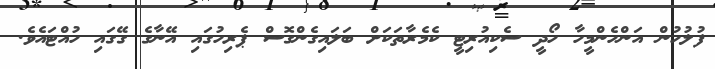
ފުލުހުން އަންހެންމީހާ ހޯދީ ސެކިއުރިޓީ ކެމެރާތަކަށް ބަލައިގެންގޮސް ޕެރިހުގައި އޭނާގެ ގޭގައި ހުއްޓައެވެ.